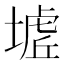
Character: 𭏟